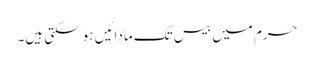
حرم میں بیس تک مادائیں ہو سکتی ہیں۔